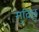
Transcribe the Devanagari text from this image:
मुदिछु